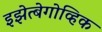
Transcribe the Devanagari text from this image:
इझेत्बेगोव्हिक